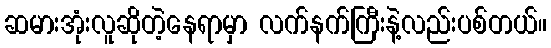
ဆမားအုံးလူဆိုတဲ့နေရာမှာ လက်နက်ကြီးနဲ့လည်းပစ်တယ်။